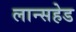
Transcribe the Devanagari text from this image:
लान्सहेड